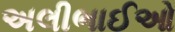
અલીભાઈઓ